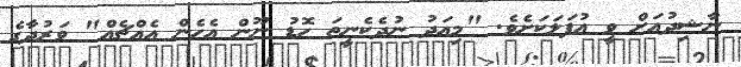
ނާޝިދުއަށް ވީ އުފަލަކަށެވެ. "މިއަދު ނުދެކެނީތަ ހޮޑު ނޫން އެހެން އެއްޗެއް" ވަރުދާގެ